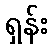
ရှန်း